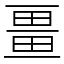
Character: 畺